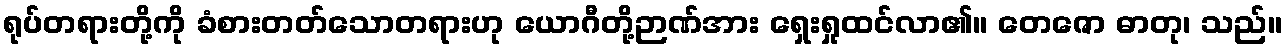
ရုပ်တရားတို့ကို ခံစားတတ်သောတရားဟု ယောဂီတို့ဉာဏ်အား ရှေးရှုထင်လာ၏။ တေဇော ဓာတု၊ သည်။